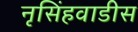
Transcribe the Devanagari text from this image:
नृसिंहवाडीस